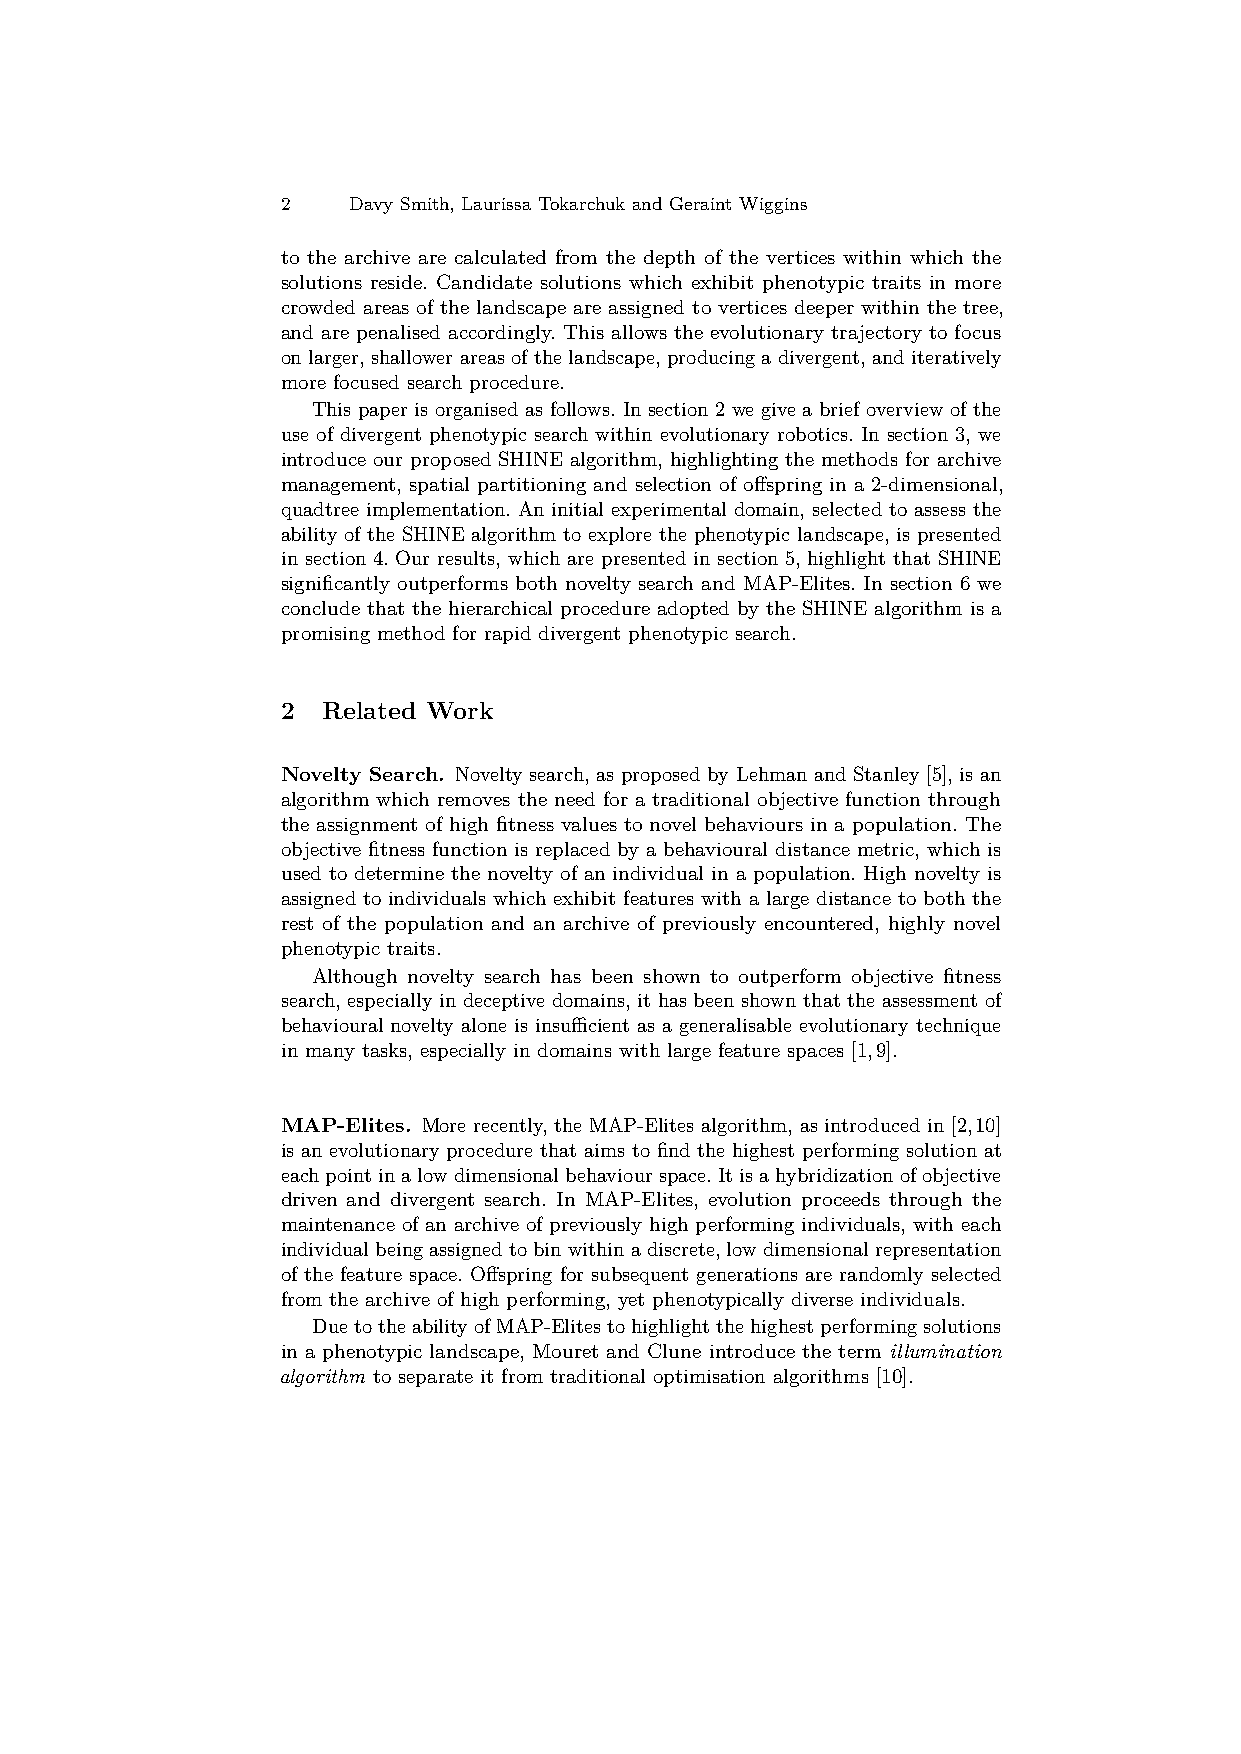
2   Davy Smith, Laurissa Tokarchuk and Geraint Wiggins
 to the archive are calculated from the depth of the vertices within which the
 solutions reside. Candidate solutions which exhibit phenotypic traits in more
 crowded areas of the landscape are assigned to vertices deeper within the tree,
 and are penalised accordingly. This allows the evolutionary trajectory to focus
 on larger, shallower areas of the landscape, producing a divergent, and iteratively
 more focused search procedure.
 This paper is organised as follows. In section 2 we give a brief overview of the
 use of divergent phenotypic search within evolutionary robotics. In section 3, we
 introduce our proposed SHINE algorithm, highlighting the methods for archive
 management, spatial partitioning and selection of offspring in a 2-dimensional,
 quadtree implementation. An initial experimental domain, selected to assess the
 ability of the SHINE algorithm to explore the phenotypic landscape, is presented
 in section 4. Our results, which are presented in section 5, highlight that SHINE
 significantly outperforms both novelty search and MAP-Elites. In section 6 we
 conclude that the hierarchical procedure adopted by the SHINE algorithm is a
 promising method for rapid divergent phenotypic search.
 2 Related Work
 Novelty Search. Novelty search, as proposed by Lehman and Stanley [5], is an
 algorithm which removes the need for a traditional objective function through
 the assignment of high fitness values to novel behaviours in a population. The
 objective fitness function is replaced by a behavioural distance metric, which is
 used to determine the novelty of an individual in a population. High novelty is
 assigned to individuals which exhibit features with a large distance to both the
 rest of the population and an archive of previously encountered, highly novel
 phenotypic traits.
 Although novelty search has been shown to outperform objective fitness
 search, especially in deceptive domains, it has been shown that the assessment of
 behavioural novelty alone is insufficient as a generalisable evolutionary technique
 in many tasks, especially in domains with large feature spaces [1,9].
 MAP-Elites. More recently, the MAP-Elites algorithm, as introduced in [2,10]
 is an evolutionary procedure that aims to find the highest performing solution at
 eachpointinalowdimensionalbehaviourspace.Itisahybridizationofobjective
 driven and divergent search. In MAP-Elites, evolution proceeds through the
 maintenance of an archive of previously high performing individuals, with each
 individualbeingassignedtobinwithinadiscrete,lowdimensionalrepresentation
 of the feature space. Offspring for subsequent generations are randomly selected
 from the archive of high performing, yet phenotypically diverse individuals.
 DuetotheabilityofMAP-Elitestohighlightthehighestperformingsolutions
 in a phenotypic landscape, Mouret and Clune introduce the term illumination
 algorithm to separate it from traditional optimisation algorithms [10].